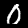
Digit: 0